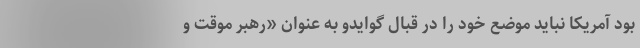
بود آمریکا نباید موضع خود را در قبال گوایدو به عنوان «رهبر موقت و